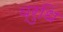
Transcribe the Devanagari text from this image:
व्रुधि